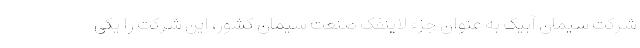
شرکت سیمان آبیک به عنوان جزء لاینفک صنعت سیمان کشور، این شرکت را یکی